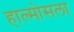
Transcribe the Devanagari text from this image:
हाल्मोसला